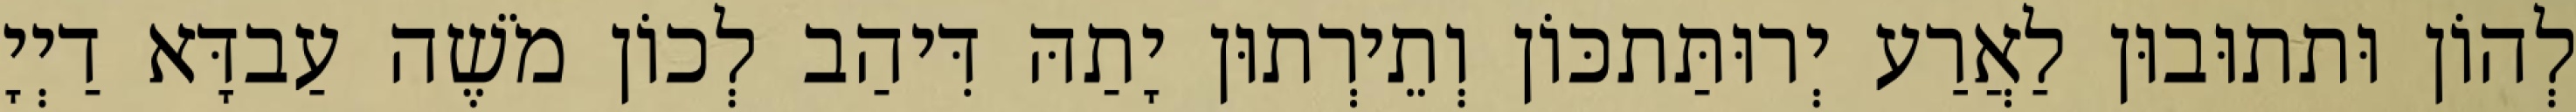
לְהוֹן וּתתוּבוּן לַאֲרַע יְרוּתַּתכּוֹן וְתֵירְתוּן יָתַהּ דִּיהַב לְכוֹן מֹשֶׁה עַבדָּא דַיְיָ